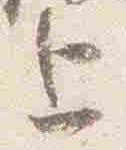
上